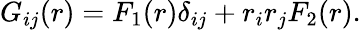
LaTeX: G_{ij}(r)=F_{1}(r)\delta_{ij}+r_{i}r_{j}F_{2}(r).